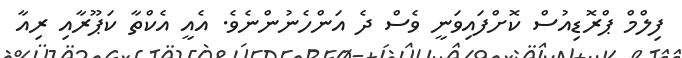
ފިިލްމް ޕްރޮޑިއުސް ކޮށްފައިވަނީ ވެސް ދެ އަންހެނުންނެވެ. އެއީ އެކްތާ ކަޕޫރާއި ރިއާ